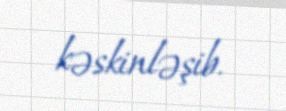
kəskinləşib.